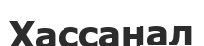
Хассанал